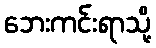
ဘေးကင်းရာသို့